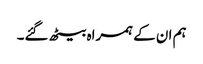
ہم ان کے ہمراہ بیٹھ گئے۔